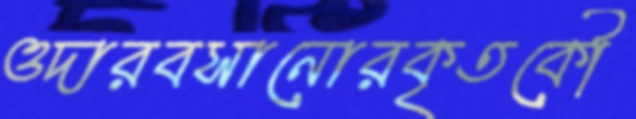
ওদারবসানোরকৃতকৌ